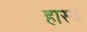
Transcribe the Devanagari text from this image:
हास्‍य